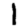
Digit: 1